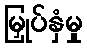
မြှုပ်နှံမှု